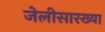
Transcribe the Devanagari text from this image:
जेलीसारख्या